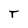
Character: T